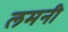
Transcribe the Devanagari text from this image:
लमनी